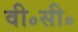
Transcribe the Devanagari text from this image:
वी॰सी॰